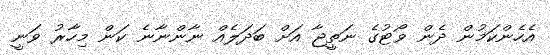
އެހެންކަމުން ދެން ވޯޓުގެ ނަތީޖާ އަށް ބަދަލެއް ނާންނާނެ ކަން މިހާރު ވަނީ